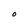
Character: O